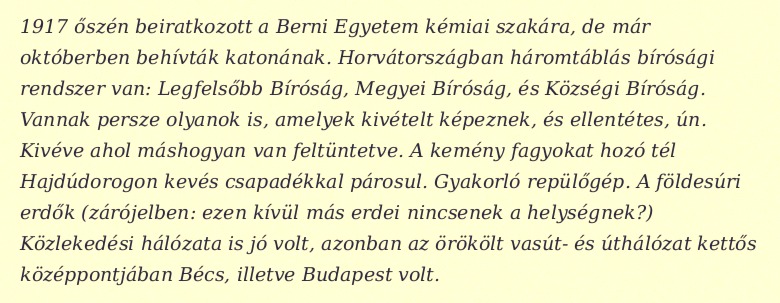
1917 őszén beiratkozott a Berni Egyetem kémiai szakára, de már októberben behívták katonának. Horvátországban háromtáblás bírósági rendszer van: Legfelsőbb Bíróság, Megyei Bíróság, és Községi Bíróság. Vannak persze olyanok is, amelyek kivételt képeznek, és ellentétes, ún. Kivéve ahol máshogyan van feltüntetve. A kemény fagyokat hozó tél Hajdúdorogon kevés csapadékkal párosul. Gyakorló repülőgép. A földesúri erdők (zárójelben: ezen kívül más erdei nincsenek a helységnek?) Közlekedési hálózata is jó volt, azonban az örökölt vasút- és úthálózat kettős középpontjában Bécs, illetve Budapest volt.